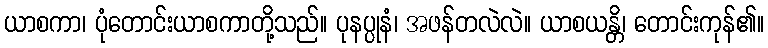
ယာစကာ၊ ပုံတောင်းယာစကာတို့သည်။ ပုနပ္ပုနံ၊ အဖန်တလဲလဲ။ ယာစယန္တိ၊ တောင်းကုန်၏။